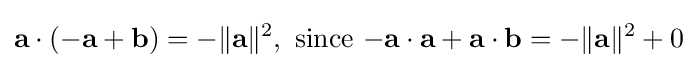
\mathbf {a} \cdot (-\mathbf {a} +\mathbf {b} )=-\|\mathbf {a} \|^{2},\ {\text{since}}\ {-\mathbf {a} }\cdot \mathbf {a} +\mathbf {a} \cdot \mathbf {b} =-\|\mathbf {a} \|^{2}+0